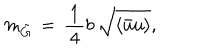
LaTeX: m _ { \tilde { G } } \, = \, \frac { \, 1 \, } { \, 4 \, } b \, \sqrt { \langle \bar { u } u \rangle } ,